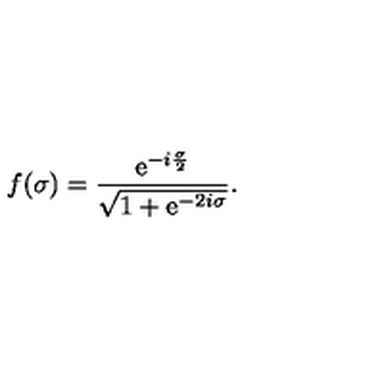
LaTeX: f ( \sigma ) = { \frac { \mathrm { e } ^ { - i { \frac { \sigma } { 2 } } } } { \sqrt { 1 + \mathrm { e } ^ { - 2 i \sigma } } } } .